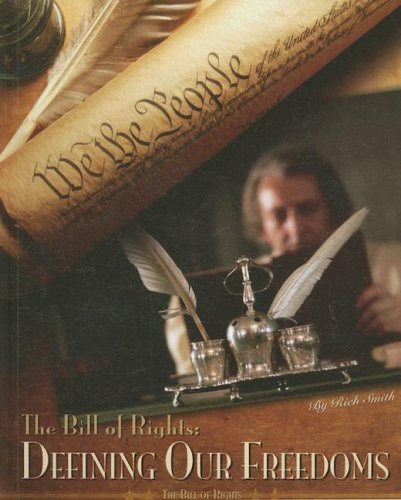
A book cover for Bill of Rights: Defining Our Freedoms (Bill of Rights) (Bill of Rights); Rich Smith; Children's Books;